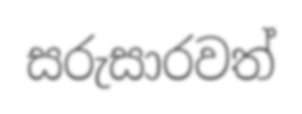
සරුසාරවත්